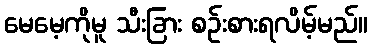
မေမေ့ကိုမူ သီးခြား စဉ်းစားရလိမ့်မည်။